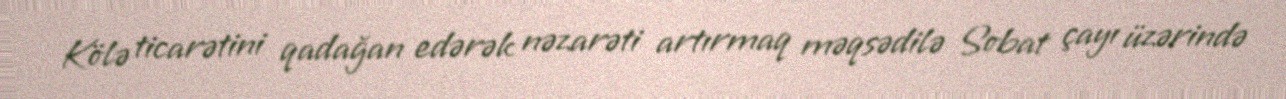
Kölə ticarətini qadağan edərək nəzarəti artırmaq məqsədilə Sobat çayı üzərində